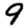
Digit: 9